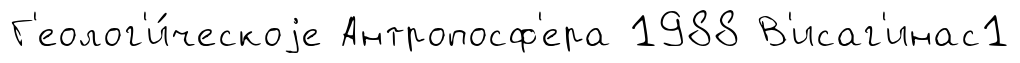
Г'еолог'и́ческоjе Антропосф'ера 1988 В'исаг'инас1